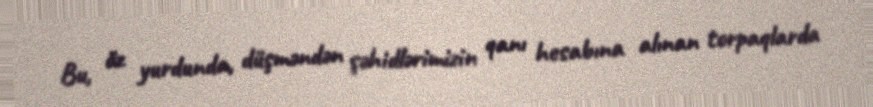
Bu, öz yurdunda, düşməndən şəhidlərimizin qanı hesabına alınan torpaqlarda